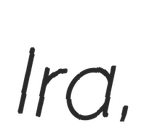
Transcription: Ira,